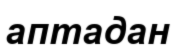
аптадан